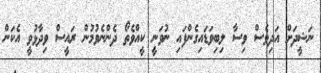
ނަޝީދަށް އަދިވެސް ވިސާ ލިބިވަޑައިގެންފައި ނުވަނީ ކީއްވެތޯ ދެންނެވުމުން ރައީސް ވިދާޅުވީ އެކަން